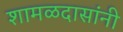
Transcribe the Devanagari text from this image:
शामळदासांनी